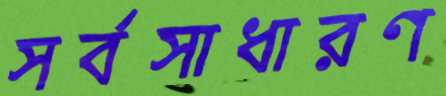
সর্বসাধারণ